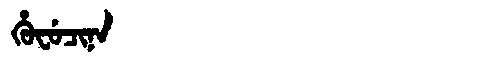
Manchu: ᡥᡠᠸᡠᠴᡳᠨᠠ
Romanization: HUFUCINA